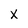
Character: X